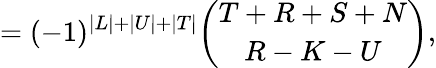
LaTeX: =(-1)^{\vert L\vert+\vert U\vert+\vert T\vert}{\binom{T+R+S+N}{R-K-U}},